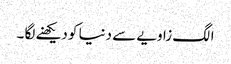
الگ زاویے سے دنیا کو دیکھنے لگا ۔